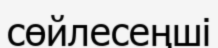
сөйлесеңші